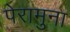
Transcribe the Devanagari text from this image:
पेरामुना